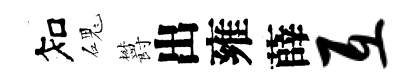
知磈欝出雍薛互